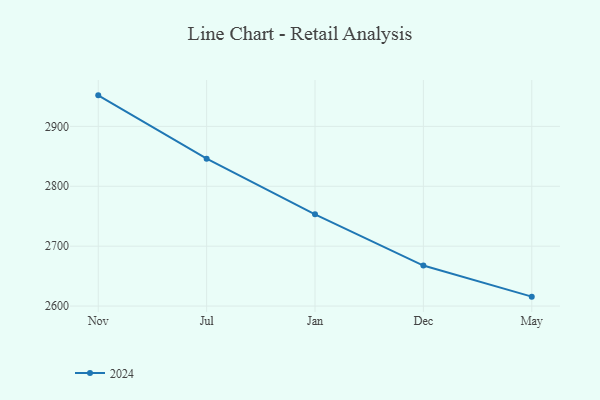
{"axis": {"x": "Month", "y": "Humidity (%)"}, "legend": ["2024"], "data": [{"x": "Nov", "y": 2951.8, "type": "2024"}, {"x": "Jul", "y": 2846.0, "type": "2024"}, {"x": "Jan", "y": 2753.1, "type": "2024"}, {"x": "Dec", "y": 2667.6, "type": "2024"}, {"x": "May", "y": 2615.7, "type": "2024"}]}